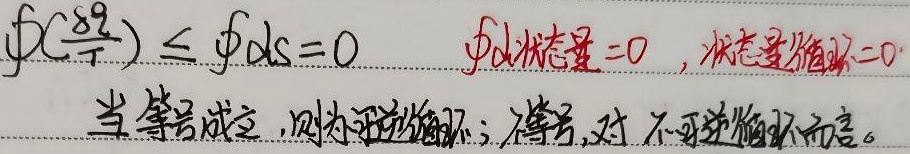
\(\oint \mathrm{d}\left(\frac{\delta q}{T}\right)\leq \oint \mathrm{d}s = 0\) 。因为 \(\oint \text{d}s_{\text{状态量}} = 0\)（状态量循环 = 0）。

当等号成立，则为可逆循环；若为不等号，则针对不可逆循环而言。